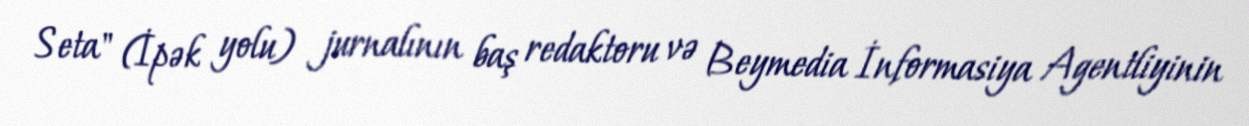
Seta" (İpək yolu) jurnalının baş redaktoru və Beymedia İnformasiya Agentliyinin